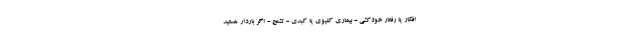
افکار یا رفتار خودکشی - بیماری کلیوی یا کبدی - تشنج - اگر باردار هستید